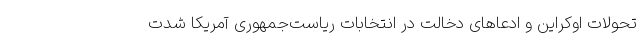
تحولات اوکراین و ادعاهای دخالت در انتخابات ریاست‌جمهوری آمریکا شدت